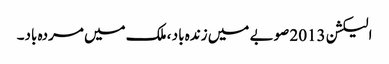
الیکشن 2013 صوبے میں زندہ باد ، ملک میں مردہ باد۔